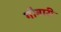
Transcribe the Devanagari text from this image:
गौबारी